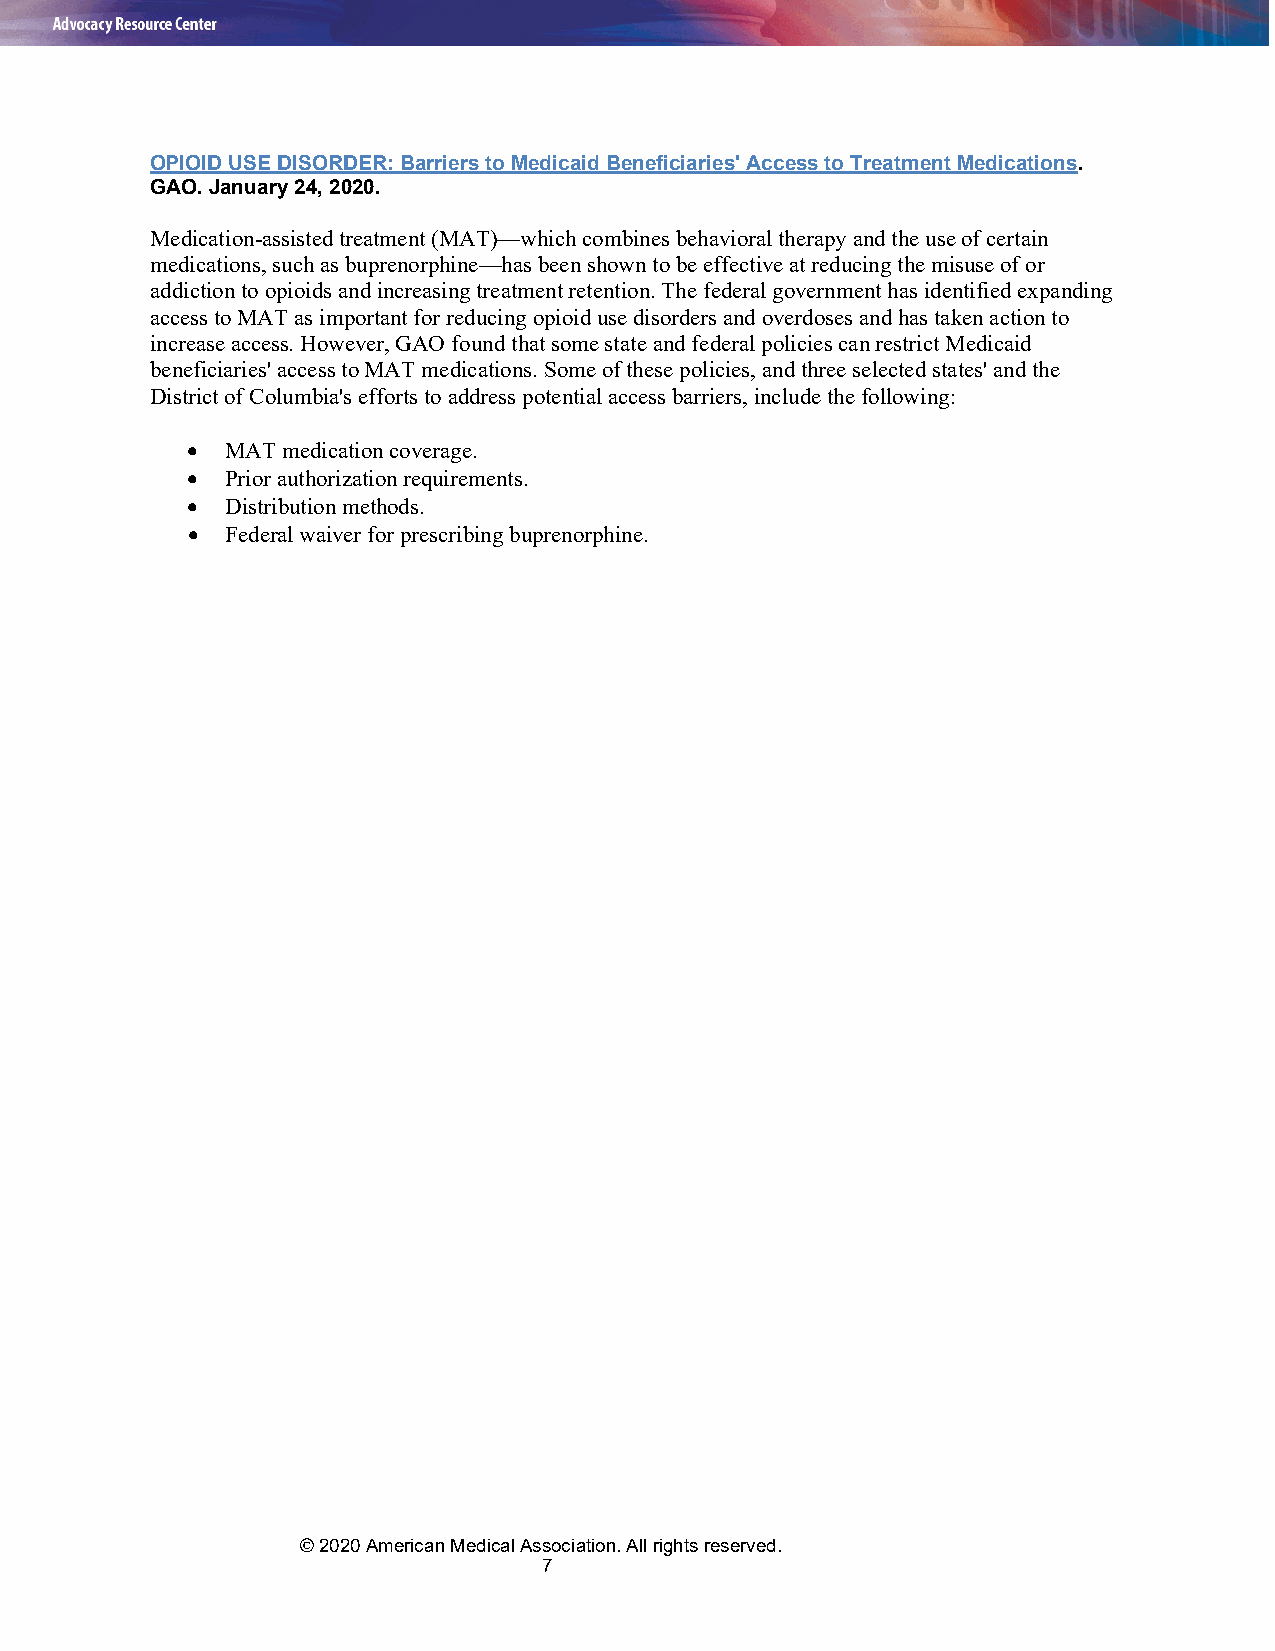
OPIOID USE DISORDER: Barriers to Medicaid Beneficiaries' Access to Treatment Medications.
 GAO. January 24, 2020.
 Medication-assisted treatment (MAT)—which combines behavioral therapy and the use of certain
 medications, such as buprenorphine—has been shown to be effective at reducing the misuse of or
 addiction to opioids and increasing treatment retention. The federal government has identified expanding
 access to MAT as important for reducing opioid use disorders and overdoses and has taken action to
 increase access. However, GAO found that some state and federal policies can restrict Medicaid
 beneficiaries' access to MAT medications. Some of these policies, and three selected states' and the
 District of Columbia's efforts to address potential access barriers, include the following:
 •  MAT medication coverage.
 •  Prior authorization requirements.
 •  Distribution methods.
 •  Federal waiver for prescribing buprenorphine.
 © 2020 American Medical Association. All rights reserved.
 7